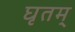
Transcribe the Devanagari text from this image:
घृतम्